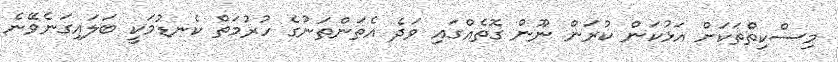
މިސްކިތްތަކަށް އަޅުކަން ކުރަން ނޫން ގޮތެއްގައި ވަދެ އެތަންތަނުގެ ހުރުމަތް ކެނޑުމަކީ ބަލައިގަނެވޭނެ